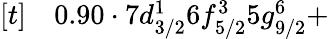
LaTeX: \begin{array}{rl}{[t]}&{{}0.90\cdot 7d_{3/2}^{1}6f_{5/2}^{3}5g_{9/2}^{6}+}\end{array}